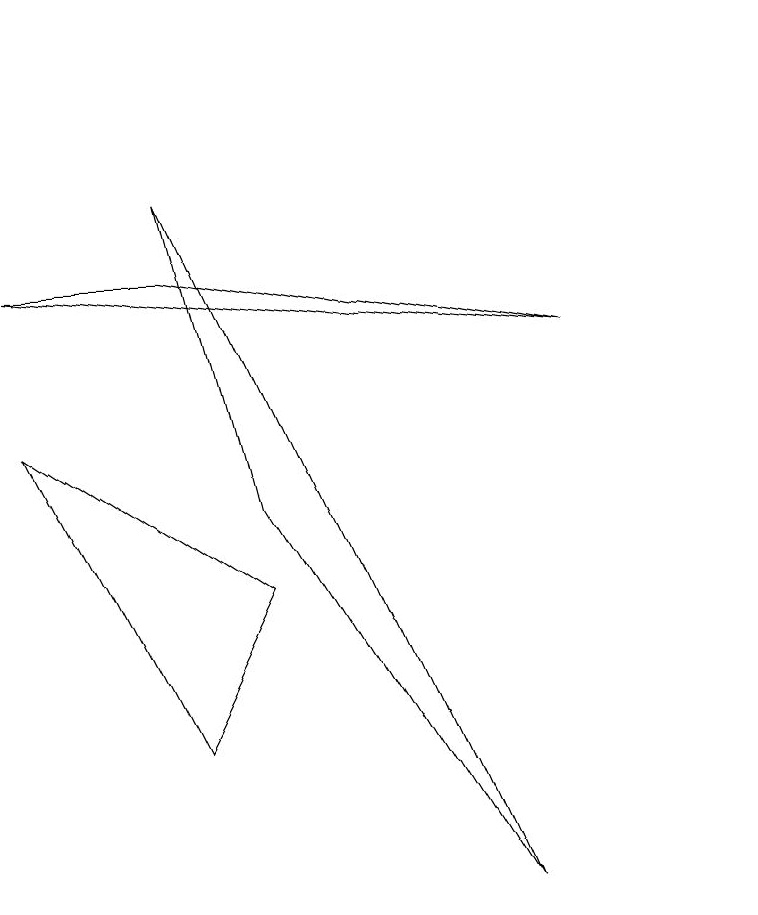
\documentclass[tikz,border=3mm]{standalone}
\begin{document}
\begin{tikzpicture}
\draw (10,11) circle (0);
\draw (3,8) -- (1,8) -- (8,7) -- cycle;
\draw (7,0) -- (3,9) -- (4,5) -- cycle;
\draw (10,11) circle (0);
\draw (1,6) -- (3,2) -- (4,4) -- cycle;
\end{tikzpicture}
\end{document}